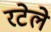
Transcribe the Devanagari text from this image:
रटेले